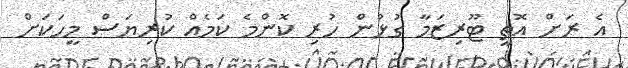
އެ ރަށް އޮތީ ޓޫރިޒަމާ ގުޅުން ހުރި ކޮންމެ ކަމެއް ކުރިޔަސް މީހަކަށް